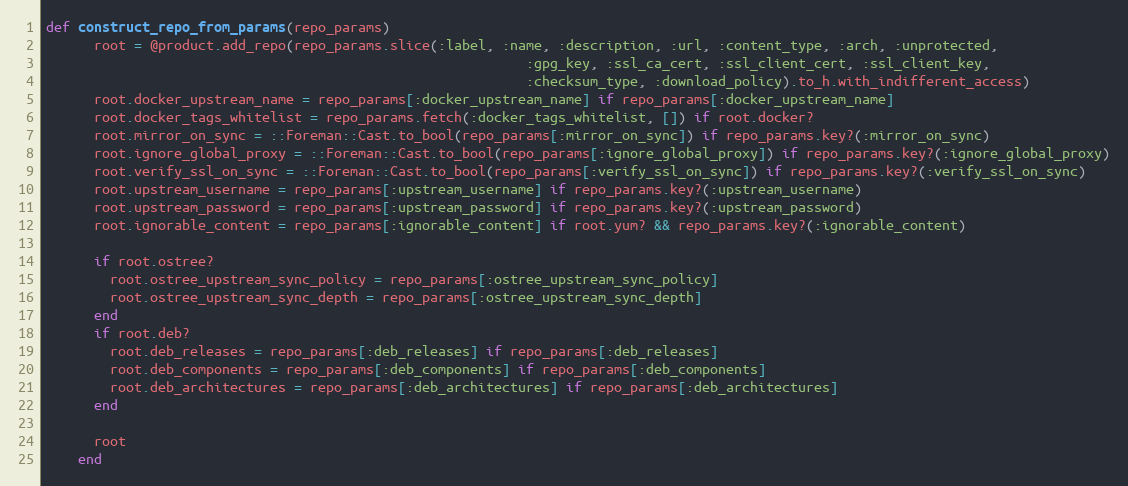
Language: Ruby
def construct_repo_from_params(repo_params)
      root = @product.add_repo(repo_params.slice(:label, :name, :description, :url, :content_type, :arch, :unprotected,
                                                            :gpg_key, :ssl_ca_cert, :ssl_client_cert, :ssl_client_key,
                                                            :checksum_type, :download_policy).to_h.with_indifferent_access)
      root.docker_upstream_name = repo_params[:docker_upstream_name] if repo_params[:docker_upstream_name]
      root.docker_tags_whitelist = repo_params.fetch(:docker_tags_whitelist, []) if root.docker?
      root.mirror_on_sync = ::Foreman::Cast.to_bool(repo_params[:mirror_on_sync]) if repo_params.key?(:mirror_on_sync)
      root.ignore_global_proxy = ::Foreman::Cast.to_bool(repo_params[:ignore_global_proxy]) if repo_params.key?(:ignore_global_proxy)
      root.verify_ssl_on_sync = ::Foreman::Cast.to_bool(repo_params[:verify_ssl_on_sync]) if repo_params.key?(:verify_ssl_on_sync)
      root.upstream_username = repo_params[:upstream_username] if repo_params.key?(:upstream_username)
      root.upstream_password = repo_params[:upstream_password] if repo_params.key?(:upstream_password)
      root.ignorable_content = repo_params[:ignorable_content] if root.yum? && repo_params.key?(:ignorable_content)

      if root.ostree?
        root.ostree_upstream_sync_policy = repo_params[:ostree_upstream_sync_policy]
        root.ostree_upstream_sync_depth = repo_params[:ostree_upstream_sync_depth]
      end
      if root.deb?
        root.deb_releases = repo_params[:deb_releases] if repo_params[:deb_releases]
        root.deb_components = repo_params[:deb_components] if repo_params[:deb_components]
        root.deb_architectures = repo_params[:deb_architectures] if repo_params[:deb_architectures]
      end

      root
    end